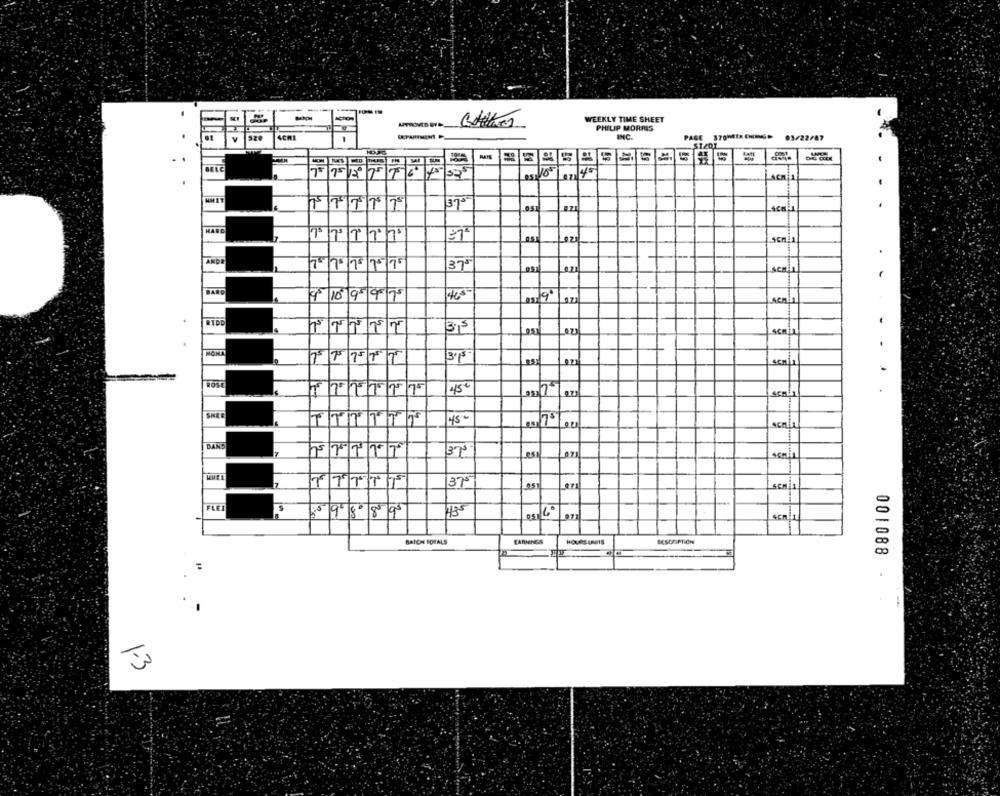
WEEKLY TIME SHEET
PHILIP MORRIS
INC.
PAGE 370MIACHING> 03/22/87
BALC
75
TTTTT
37º
..
HARD
ANDI
1/10/15/15/75
.
37º
9º|10|95 9175
5
RIDD
TTTTT
315
3115
Post
45€
SHEE
45"
DAND
h
375
375
FLE
6º
5 99889
4cm 1
BATCH FORALS
EARNINGS
HOURS UNITS
001088